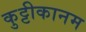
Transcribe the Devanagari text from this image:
कुट्टीकानम